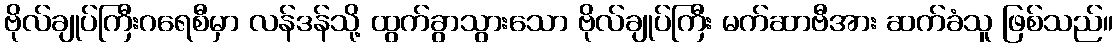
ဗိုလ်ချုပ်ကြီးဂရေစီမှာ လန်ဒန်သို့ ထွက်ခွာသွားသော ဗိုလ်ချုပ်ကြီး မက်ဆာဗီအား ဆက်ခံသူ ဖြစ်သည်။